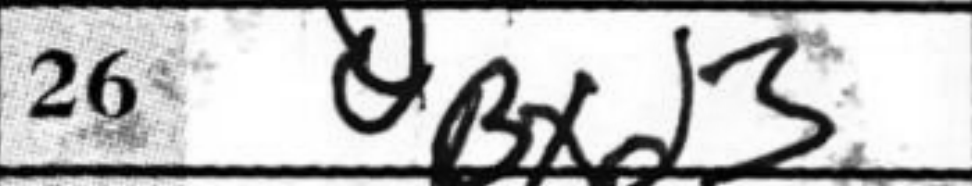
Transcription: Bxd3